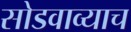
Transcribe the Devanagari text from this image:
सोडवाव्याच